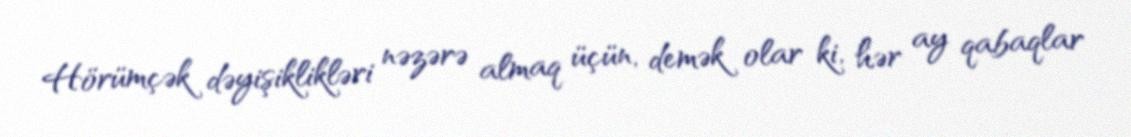
Hörümçək dəyişiklikləri nəzərə almaq üçün, demək olar ki, hər ay qabaqlar